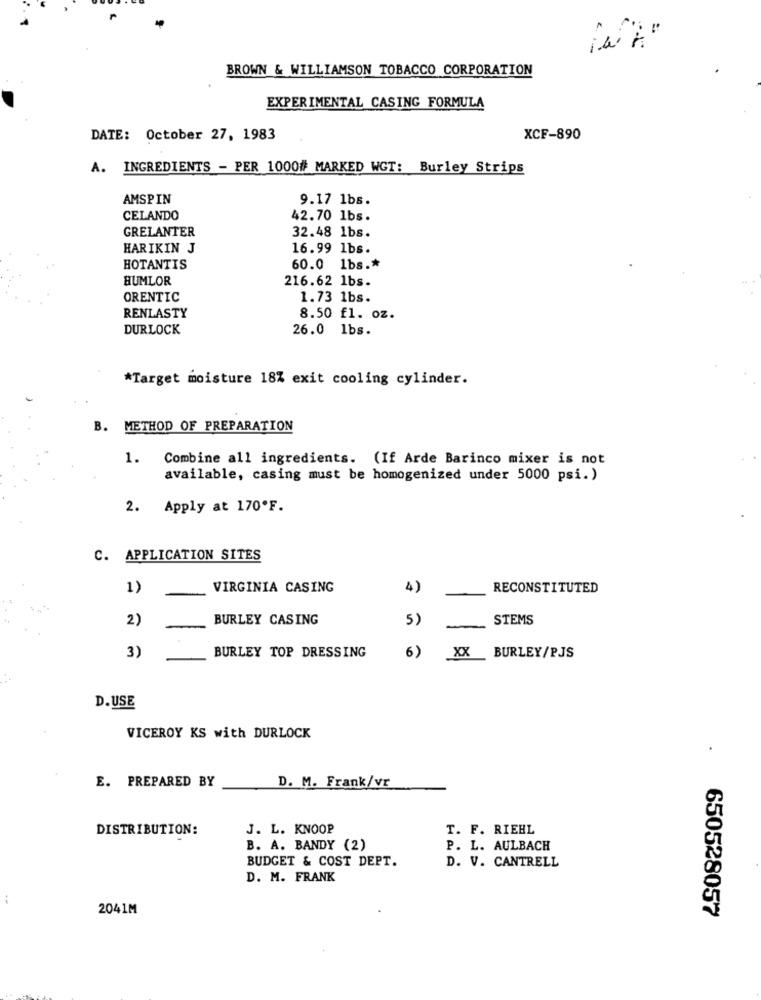
BROWN & WILLIAMSON TOBACCO CORPORATION
EXPERIMENTAL CASING FORMULA
DATE: October 27, 1983
XCF-890
A. INGREDIENTS - PER 1000# MARKED WGT: Burley Strips
AMSPIN
9.17 1bs.
CELANDO
42.70 1bs.
GRELANTER
32.48 1bs.
HARIKIN J
16.99 1bs.
HOTANTIS
60.0 1bs .*
HUMLOR
216.62 1bs.
ORENTIC
1.73 1bs.
RENLASTY
8.50 fl. oz.
DURLOCK
26.0 1bs.
*Target moisture 18% exit cooling cylinder.
B. METHOD OF PREPARATION
1.
Combine all ingredients. (If Arde Barinco mixer is not
available, casing must be homogenized under 5000 psi.)
2. Apply at 170ºF.
C. APPLICATION SITES
1)
VIRGINIA CASING
4)
RECONSTITUTED
2)
BURLEY CASING
5)
STEMS
6)
3)
BURLEY TOP DRESSING
XX
BURLEY/PJS
D.USE
VICEROY KS with DURLOCK
.
D. M. Frank/vr
E. PREPARED BY
DISTRIBUTION:
J. L. KNOOP
T. F. RIEHL
B. A. BANDY (2)
P. L. AULBACH
BUDGET & COST DEPT.
D. V. CANTRELL
D. M. FRANK
2041M
650528057